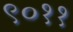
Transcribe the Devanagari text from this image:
९०११